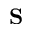
\mathbf { S }